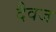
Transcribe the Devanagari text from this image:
दैवज